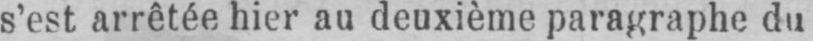
s’est arrêtée hier au deuxième paragraphe du